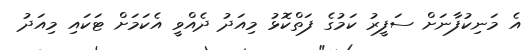
އެ މަނިކުފާނަށް ސަފީރު ކަމުގެ ފަތްކޮޅު މިއަދު ދެއްވީ އެކަމަށް ޓަކައި މިއަދު